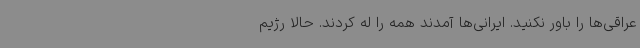
عراقی‌ها را باور نکنید. ایرانی‌ها آمدند همه را له کردند. حالا رژیم